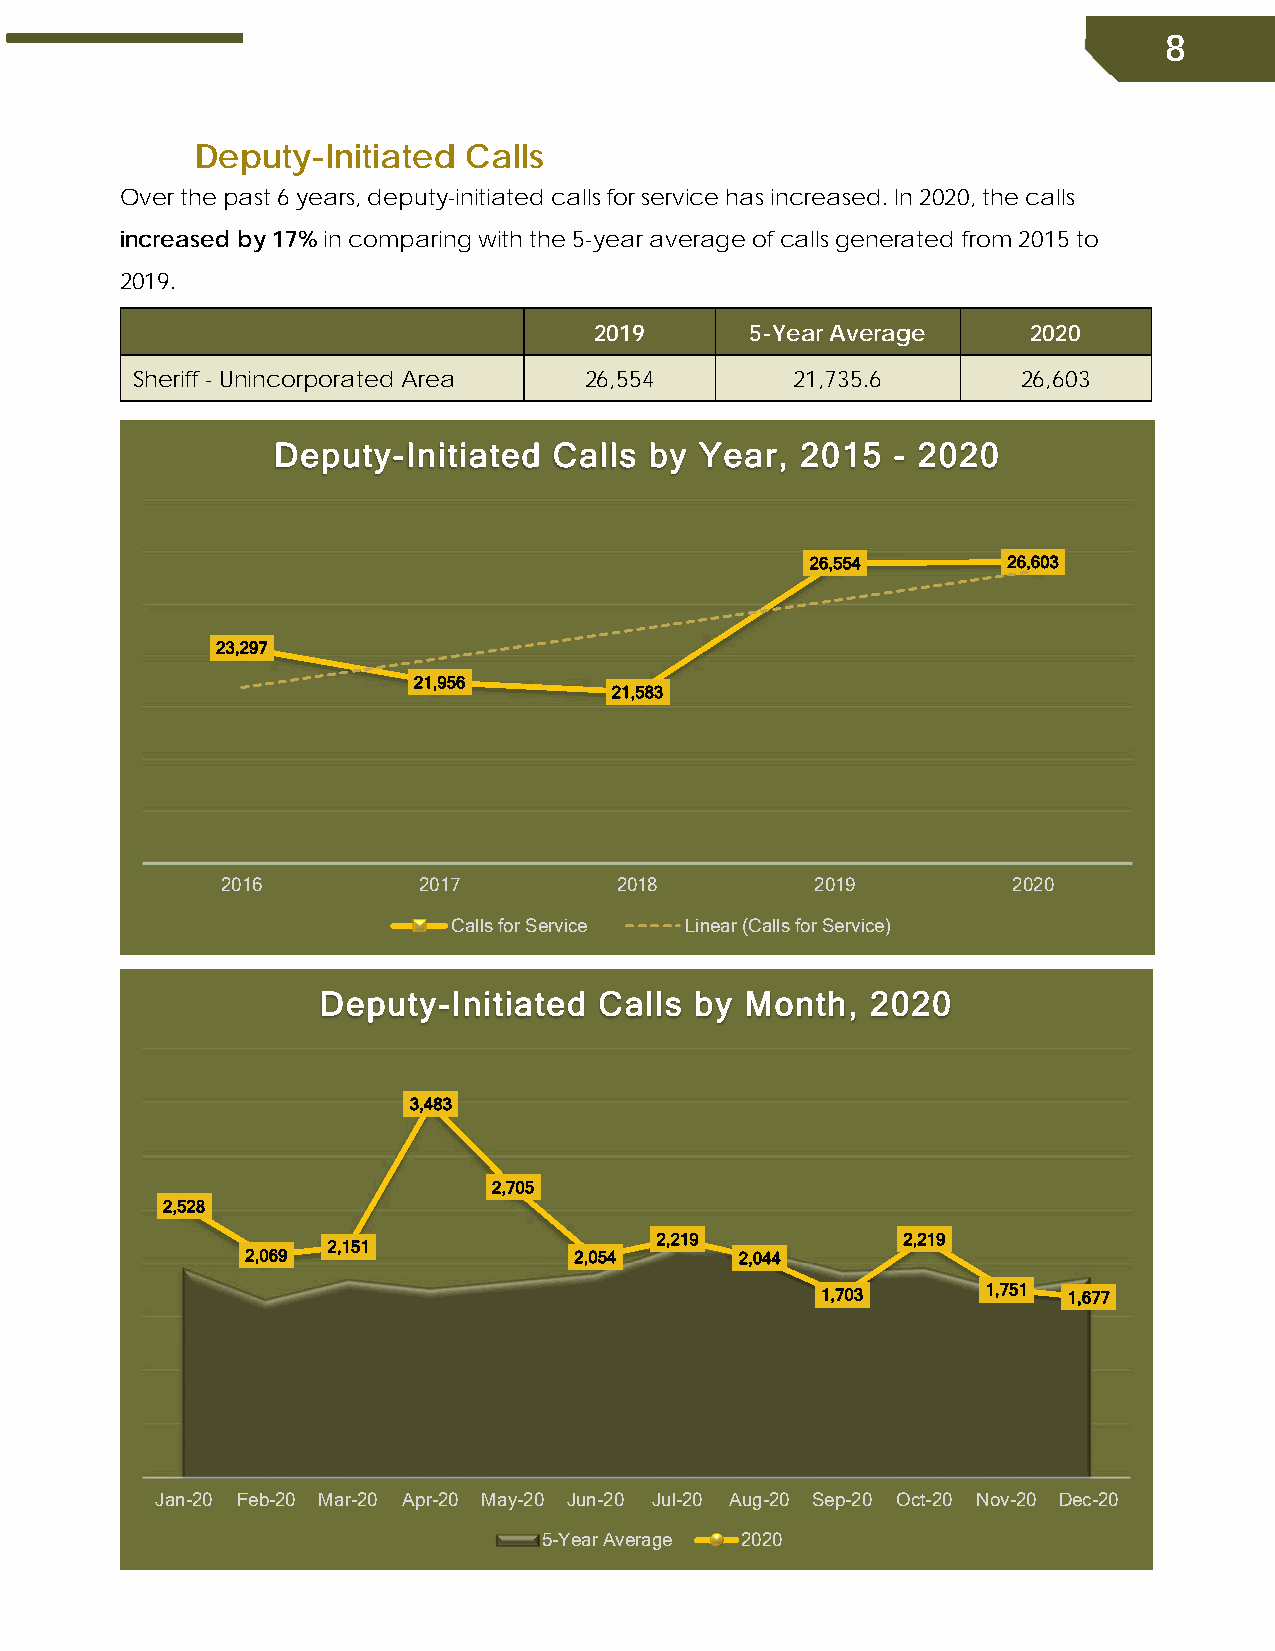
8
 Deputy-Initiated  Calls
 Over the past 6 years, deputy-initiated calls for service has increased. In 2020, the calls
 increased by 17% in comparing with the 5-year average of calls generated from 2015 to
 2019.
 2019       5-Year Average    2020
 Sheriff - Unincorporated Area 26,554        21,735.6       26,603
 Deputy-Initiated   Calls by Year,  2015  - 2020
 26,554       26,603
 23,297
 21,956
 21,583
 2016         2017         2018         2019         2020
 Calls for Service Linear (Calls for Service)
 Deputy-Initiated   Calls by Month,   2020
 3,483
 2,705
 2,528
 2,219            2,219
 2,151
 2,069                 2,054      2,044
 1,703      1,751 1,677
 Jan-20 Feb-20 Mar-20 Apr-20 May-20 Jun-20 Jul-20 Aug-20 Sep-20 Oct-20 Nov-20 Dec-20
 5-Year Average 2020